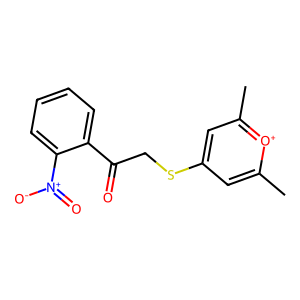
SMILES: Cc1cc(SCC(=O)c2ccccc2[N+](=O)[O-])cc(C)[o+]1
Inhibits HIV replication: No